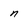
Character: n